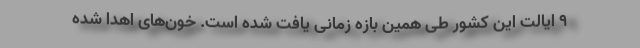
۹ ایالت این کشور طی همین بازه زمانی یافت شده است. خون‌های اهدا شده